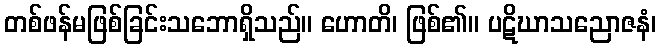
တစ်ဖန်မဖြစ်ခြင်းသဘောရှိသည်။ ဟောတိ၊ ဖြစ်၏။ ပဋိဃာသညောဇနံ၊